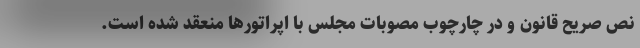
نص صریح قانون و در چارچوب مصوبات مجلس با اپراتورها منعقد شده است.